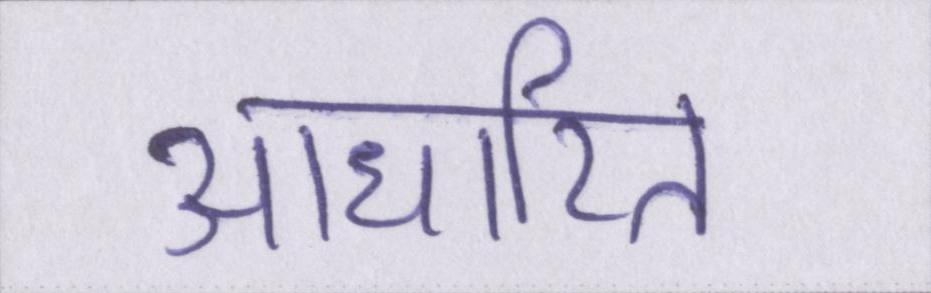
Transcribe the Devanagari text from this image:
आधारित